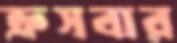
ক্রসবার